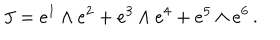
J = e ^ { 1 } \wedge e ^ { 2 } + e ^ { 3 } \wedge e ^ { 4 } + e ^ { 5 } \wedge e ^ { 6 } \, .